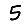
Digit: 5